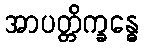
အာပတ္တိက္ခန္ဓေ